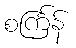
စင်္ကြန်